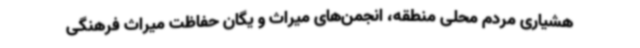
هشیاری مردم محلی منطقه، انجمن‌های میراث و یگان حفاظت میراث فرهنگی